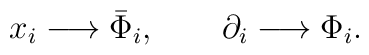
\begin{array}{l}x_{i}\longrightarrow\bar{\Phi}_{i},\qquad\partial_{i}\longrightarrow\Phi_{i}.\end{array}